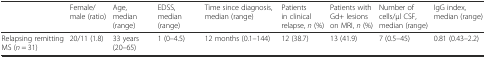
<table><thead><tr><td></td><td><b>Female/male (ratio)</b></td><td><b>Age, median (range)</b></td><td><b>EDSS, median (range)</b></td><td><b>Time since diagnosis, median (range)</b></td><td><b>Patients in clinical relapse, <i>n</i> (%)</b></td><td><b>Patients with Gd+ lesions on MRI, <i>n</i> (%)</b></td><td><b>Number of cells/μl CSF, median (range)</b></td><td><b>IgG index, median (range)</b></td></tr></thead><tbody><tr><td>Relapsing remitting MS (<i>n</i> = 31)</td><td>20/11 (1.8)</td><td>33 years (20–65)</td><td>1 (0–4.5)</td><td>12 months (0.1–144)</td><td>12 (38.7)</td><td>13 (41.9)</td><td>7 (0.5–45)</td><td>0.81 (0.43–2.2)</td></tr></tbody></table>